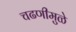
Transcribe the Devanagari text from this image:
चढणीमुळे